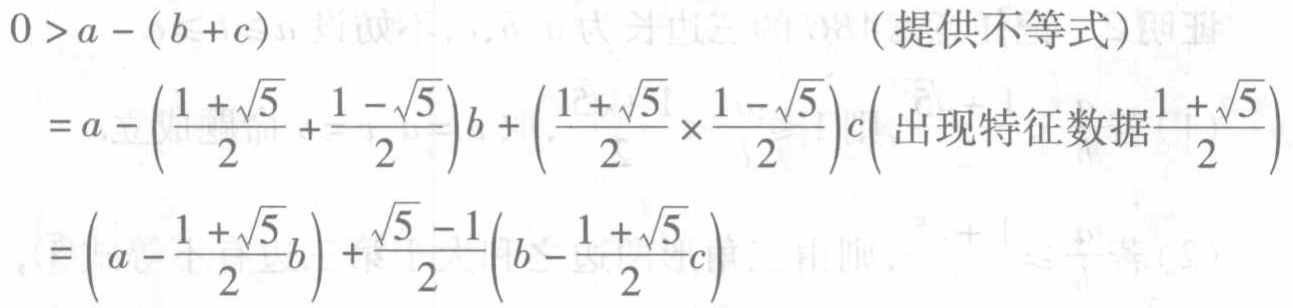
\[
\begin{align*}
0&>a - (b + c)\quad(\text{提供不等式})\\
&=a - \left(\frac{1 + \sqrt{5}}{2} + \frac{1 - \sqrt{5}}{2}\right)b + \left(\frac{1 + \sqrt{5}}{2} \times \frac{1 - \sqrt{5}}{2}\right)c\left(\text{出现特征数据}\frac{1 + \sqrt{5}}{2}\right)\\
&=\left(a - \frac{1 + \sqrt{5}}{2}b\right) + \frac{\sqrt{5} - 1}{2}\left(b - \frac{1 + \sqrt{5}}{2}c\right)
\end{align*}
\]